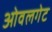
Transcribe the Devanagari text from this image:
ओवलगेट